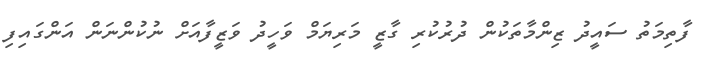
ފާތިމަތު ސައީދު ޒިންމާތަކުން ދުރުކުރި ގާޒީ މަރިޔަމް ވަހީދު ވަޒީފާއަށް ނުކުންނަން އަންގައިފި